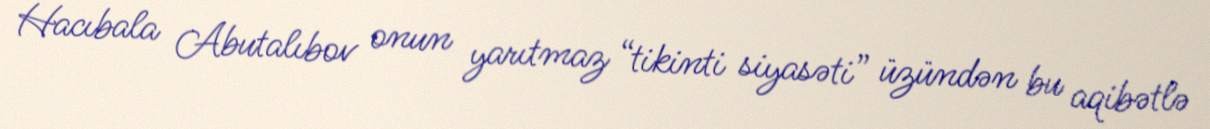
Hacıbala Abutalıbov onun yarıtmaz “tikinti siyasəti” üzündən bu aqibətlə